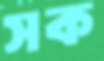
সক